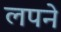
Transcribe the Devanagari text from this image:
लपने